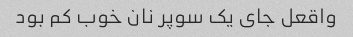
واقعل جای یک سوپر نان خوب کم بود